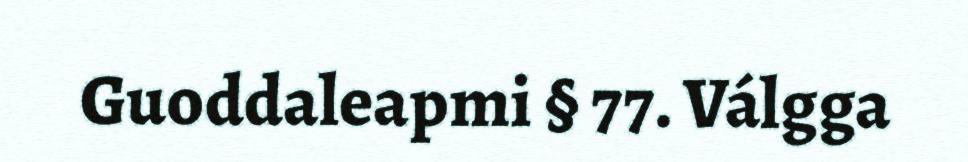
Guoddaleapmi § 77. Válgga